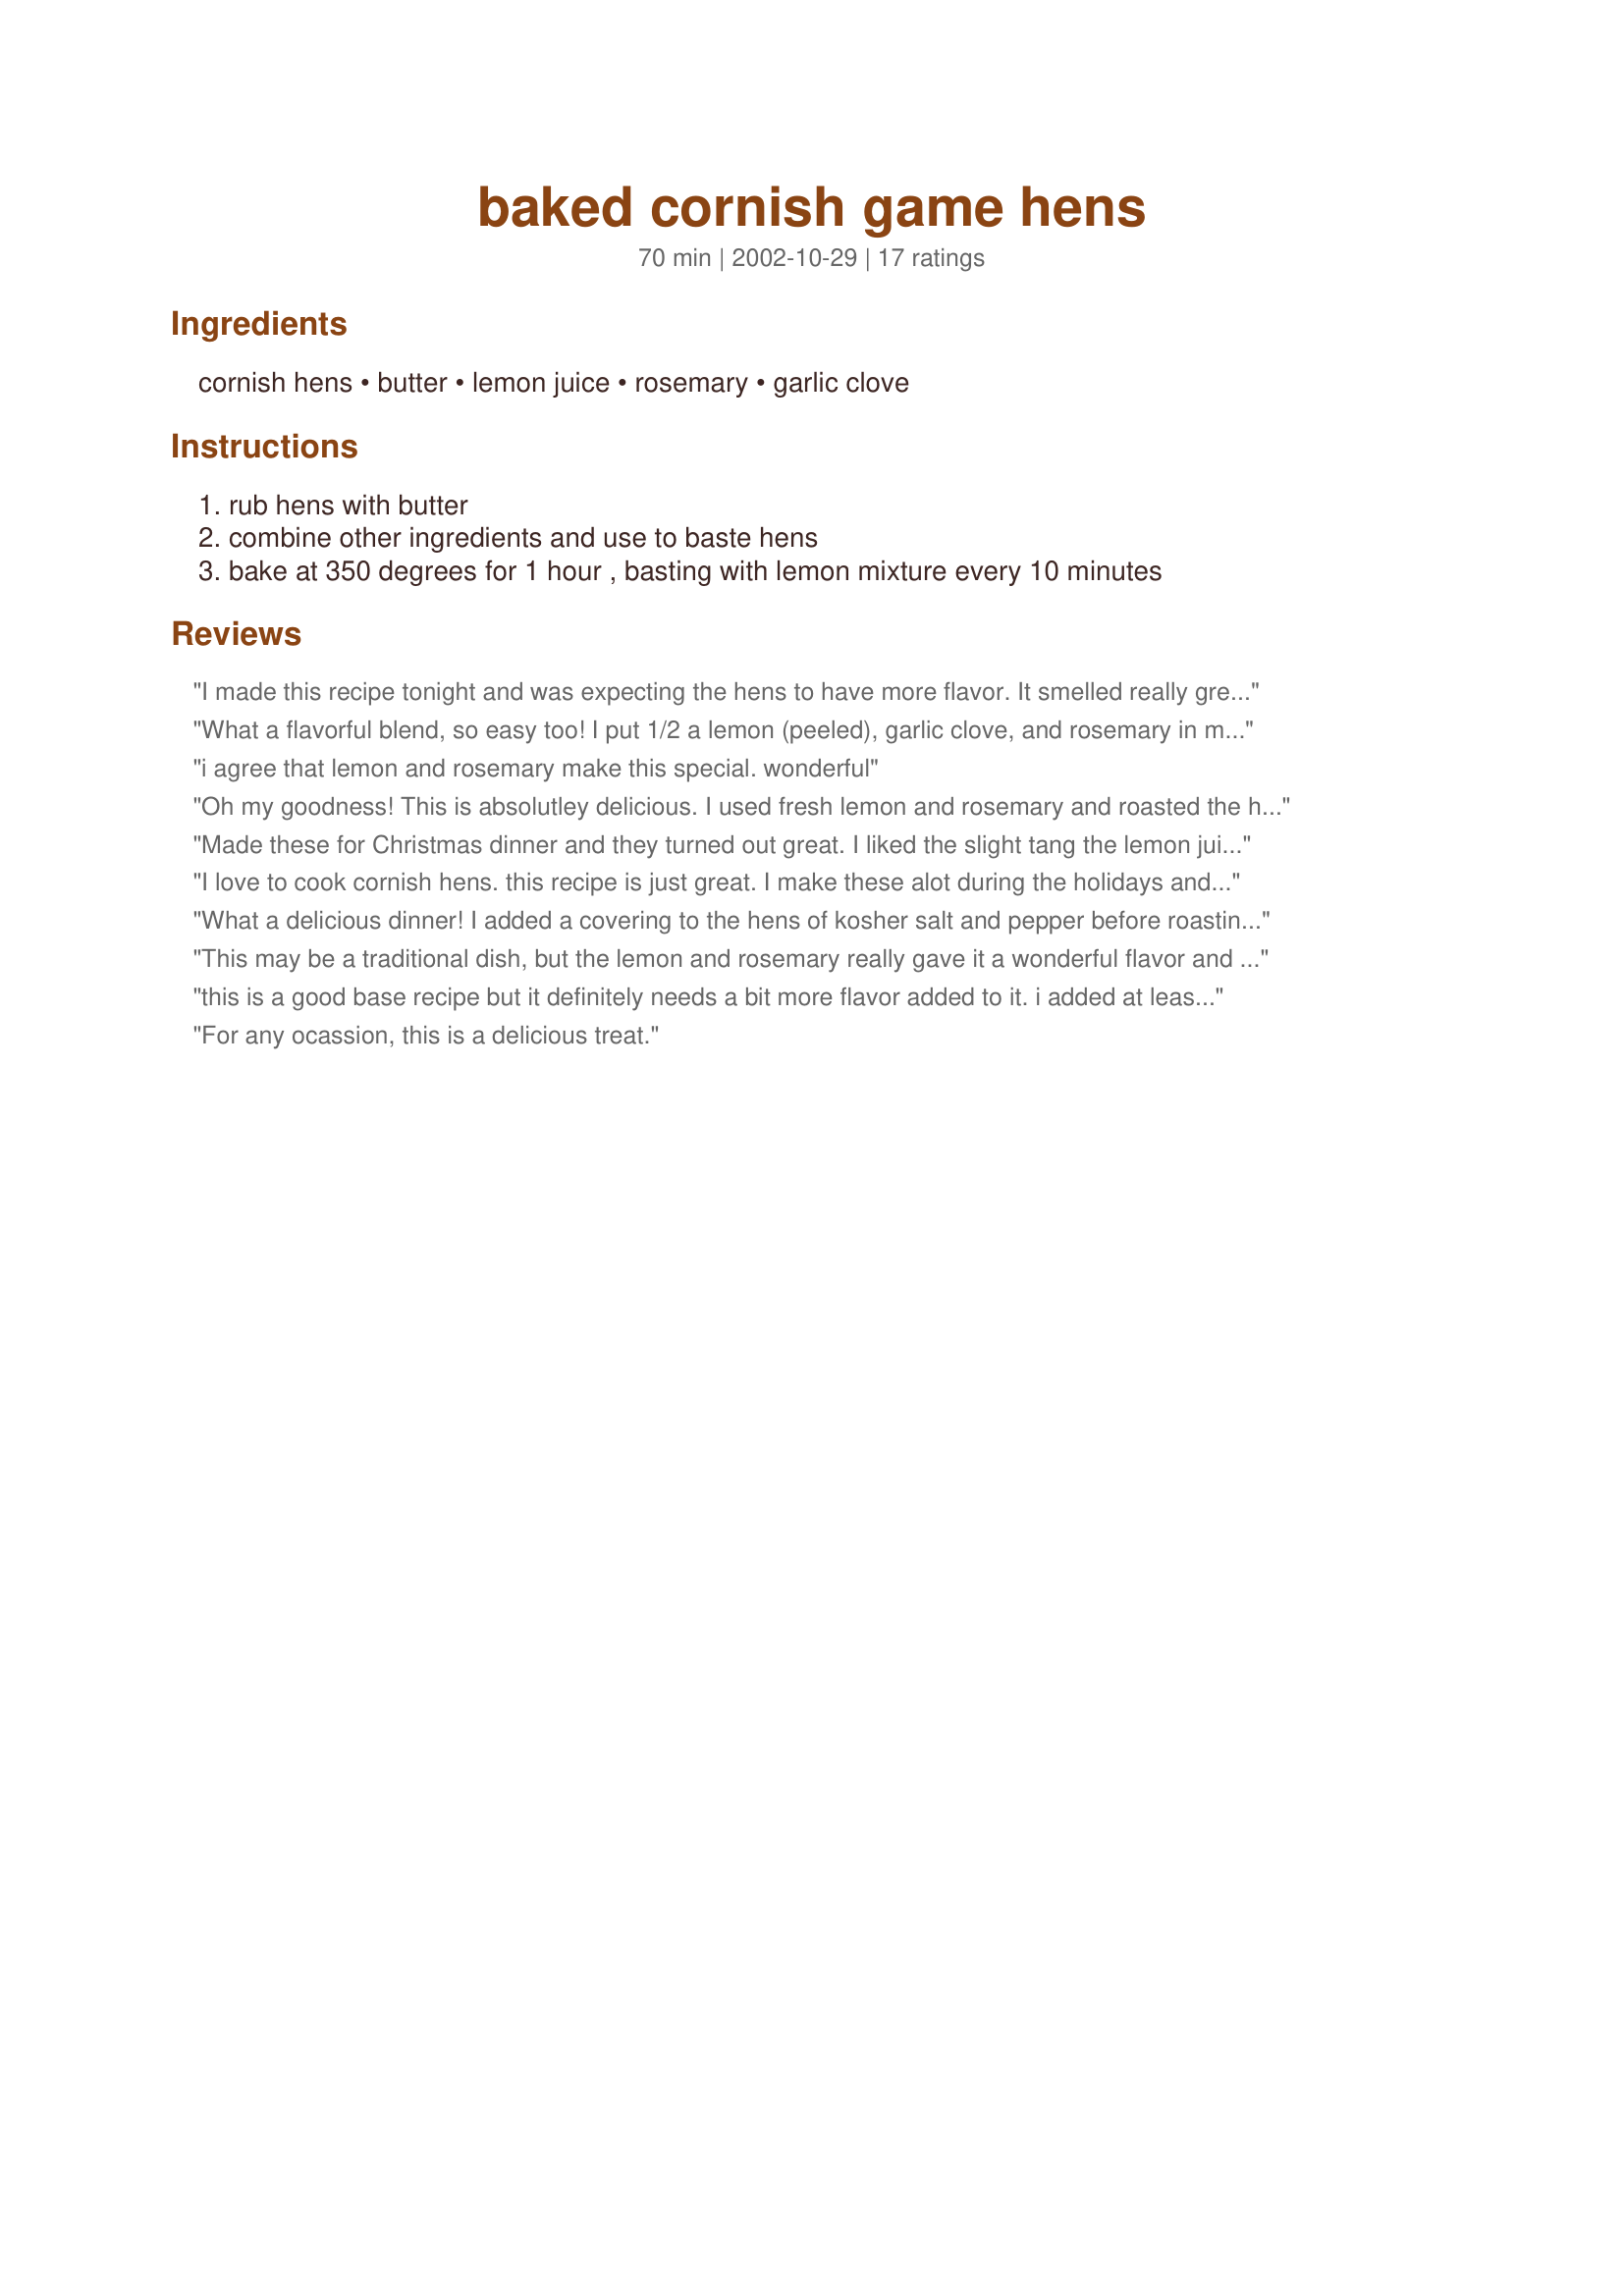
baked cornish game hens
Preparation time: 70 minutes

Ingredients:
cornish hens, butter, lemon juice, rosemary, garlic clove

Steps:
rub hens with butter, combine other ingredients and use to baste hens, bake at 350 degrees for 1 hour , basting with lemon mixture every 10 minutes

Reviews:
I made this recipe tonight and was expecting the hens to have more flavor. It smelled really great while it was cooking, but once it was ready I found I still had to add more salt to give it flavor. I'll probably make it again, but I may add a few other ingredients to make it taste better.
What a flavorful blend, so easy too! I put 1/2 a lemon (peeled), garlic clove, and rosemary in my little chopper and poured that mixture over the little hens, basting occasionally. I put the other two quarters of lemon inside before baking. The aroma was superb, the citrus made it very tender and juicy, and the taste was nothing less than gourmet! Served with a wild rice and braised squash medley...this was better than most 5-star restaurants! Perfect for a candelit romantic evening at home.
i agree that lemon and rosemary make this special. wonderful
Oh my goodness! This is absolutley delicious. I used fresh lemon and rosemary and roasted the hens on a bed of root vegetables and fresh brussels sprouts. The marinade gave the veggies such wonderful flavor!
Made these for Christmas dinner and they turned out great. I liked the slight tang the lemon juice gave it. The only thing I would do different is turn the heat up to 400 for the last 10-15 mins of cooking to give more color to the skins. I will definately be making these again. Thanks Mimi.
I love to cook cornish hens. this recipe is just great. I make these alot during the holidays and we all know most meats do need a little seasonings, I cant have much salt so this with the garlic it best for me. Thanks
What a delicious dinner! I added a covering to the hens of kosher salt and pepper before roasting. Also, I used a few extra cloves of garlic. I thought the hens were very good. There was a hint of garlic and lemon throughout. They came out incredibly moist as well. I will make this again, thanks for posting.
This may be a traditional dish, but the lemon and rosemary really gave it a wonderful flavor and made it into something special. I sprinkled the ingredients over the hens and just basted once the juices started to accumulate. They came out very moist and delicious. I served with stuffing and veggies. Thanks for sharing!
this is a good base recipe but it definitely needs a bit more flavor added to it. i added at least 3 cloves more of minced garlic to the butter sauce, and then stuffed the hen with a few more whole, peeled garlic cloves, as well as a small bunch of fresh oregano. then i also put the extra already-squeezed fresh lemon peels inside, which helps keep the hen moist while adding a bit more flavor (remove lemon peels, oregano & garlic cloves after you're done cooking the hen). i then sprinkled some salt & pepper on it before putting it in the oven. the resulting cornish hen was tender, moist, flavorful & VERY delicious!
For any ocassion, this is a delicious treat.
Wonderful flavor - I roasted potatoes around the hens (I half cooked them first) awesome. The one problem I had was that there was not enough juice to baste every 10 minutes in fact there was not enough to baste more than once. I added 2 oz of Vodka to the bottom of the pan and swirled it around this made enough "Juice" to baste the hens and get the potatoes absolutely golden brown. Easy delicious recipe. Will do it again
Wonderfull! Everyone just loved it.
I put 2 sweetpotatoes,peeled and cut into big pieces around it and sprinkled the potatoes with 1/4 tsp.cumin and 1/4 tsp.cinnemon,it was a great meal and I fix my little pousins only this way!thank for sharing.
This recipe worked for us because we are a family with a young toddler who isn't ready for alot of spices yet. I thought the hens were moist, tender with a slight herby flavor. You do need to salt and pepper the hens but the garlic, rosemary and butter was a nice flavor combination that didn't overpower the dish.
I made this for a get together with some family and friends. I was very disappointed with it. The hens were totally bland. I guess I wasn’t the only one who thought so as I noticed my guests all reaching for the salt shaker. I shredded the leftover meat and used it in another dish which turned out much better than this one.
One word,Delicious
I felt like I was eating a gourmet meal! It was fabulous. I doubled the lemon juice(used fresh lemon)and the rosemary along with 2 crushed garlic cloves. I also put 2 lemon slices inside the cavities before roasting. The flavor of these hens was just wonderful. I have the need to go buy a few more hens right now!!!! Thanks Mimi
I liked this, it was simple and quick to prepare. I added some salt and pepper to the recipe after reading some of the earlier reviews and I think it worked nicely.
